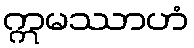
ဣမဿာဟံ